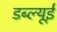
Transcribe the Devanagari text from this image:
डब्ल्यूई